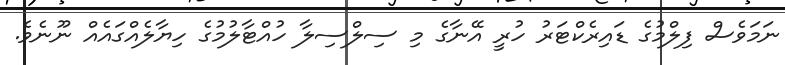
ނަމަވެސް ފިލްމުގެ ޑައިރެކްޓަރު ހުރީ އޭނާގެ މި ސިލްސިލާ ހުއްޓާލުމުގެ ހިޔާލެއްގައެއް ނޫނެވެ.